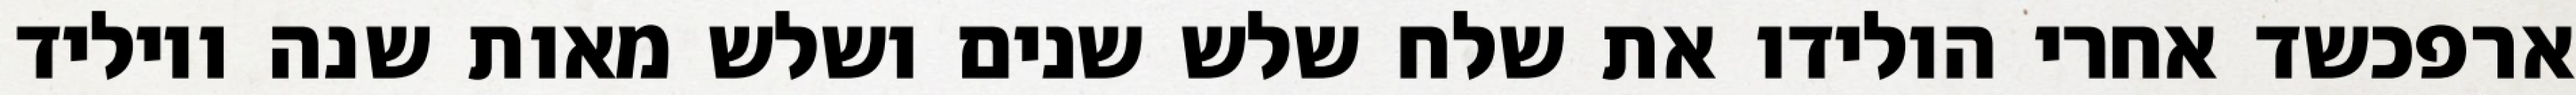
ארפכשד אחרי הולידו את שלח שלש שנים ושלש מאות שנה ויוליד